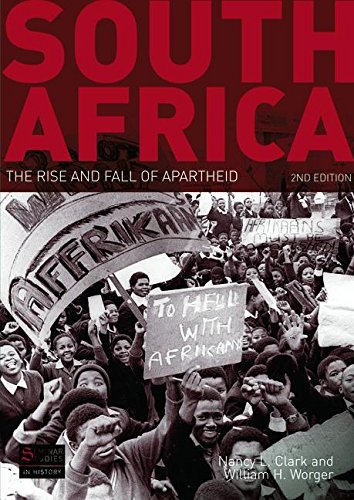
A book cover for South Africa: The Rise and Fall of Apartheid (Seminar Studies); Nancy L. Clark; History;